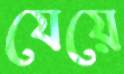
যেয়ে